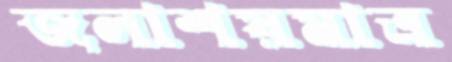
জলাশয়মাত্র